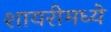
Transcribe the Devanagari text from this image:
शायरीमध्ये